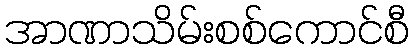
အာဏာသိမ်းစစ်ကောင်စီ